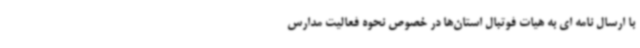
با ارسال نامه ای به هیات فوتبال استان‌ها در خصوص نحوه فعالیت مدارس